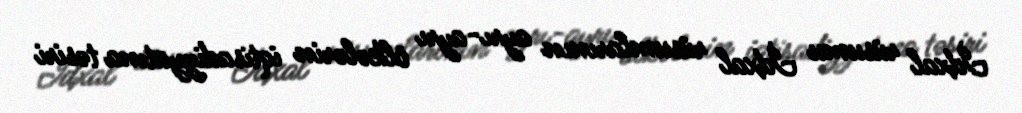
İdxal rüsumu İdxal rüsumlarının ayrı-ayrı ölkələrin iqtisadiyyatına təsiri